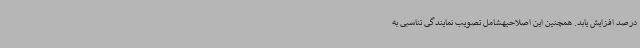
درصد افزایش یابد. همچنین این اصلاحیهشامل تصویب نمایندگی تناسبی به